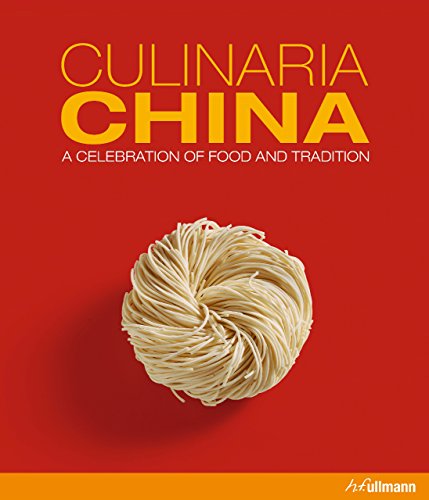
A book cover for Culinaria China: A Celebration of Food and Tradition; Katrin Schlotter; Cookbooks, Food & Wine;